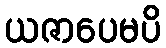
ယဇာပေမပိ